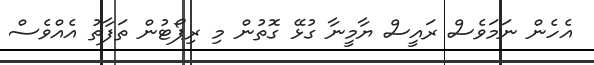
އެހެން ނަމަވެސް ރައީސް ޔާމީނާ ގުޅޭ ގޮތުން މި ރިޕޯޓުން ތަފާތު އެއްވެސް